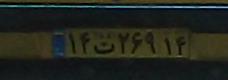
۱۴ت۲۶۹۱۴